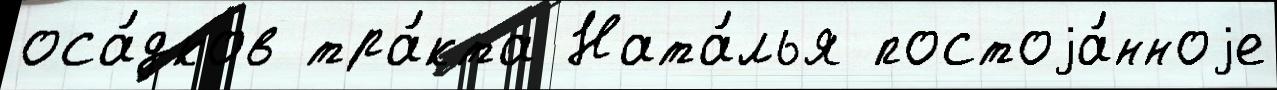
оса́дков тра́кта Ната́лья постоjа́нноjе